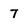
Character: 7